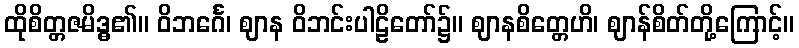
ထိုစိတ္တဇမိဒ္ဓ၏။ ဝိဘင်္ဂေ၊ ဈာန ဝိဘင်းပါဠိတော်၌။ ဈာနစိတ္တေဟိ၊ ဈာန်စိတ်တို့ကြောင့်။